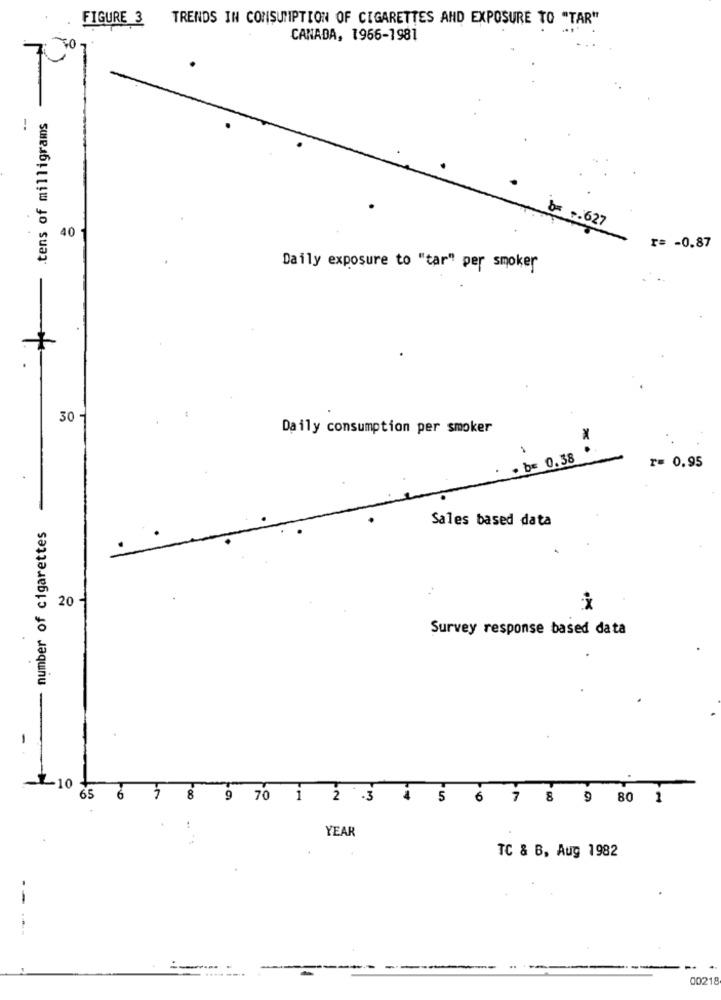
FIGURE 3 TRENDS IN CONSUMPTION OF CIGARETTES AND EXPOSURE TO "TAR"
CANADA, 1966-1981
.tens of milligrams
b=
27
40
r= - 0.87
Daily exposure to "tar" per smoker
.
30 -
Daily consumption per smoker
. b= 0.38
r= 0.95
Sales based data
number of cigarettes
20
i
Survey response based data
1
~- 10
6
65
8
9
70
1
2 3 4
80
1
YEAR
TC & B, Aug 1982
-
--
00218